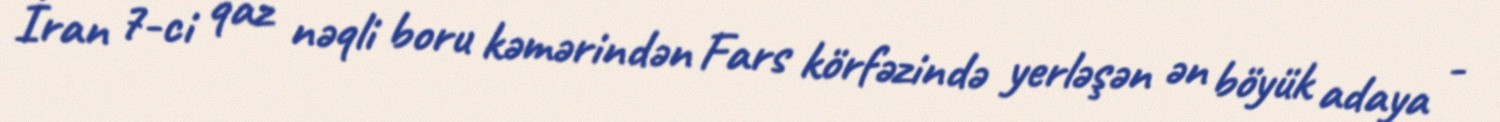
İran 7-ci qaz nəqli boru kəmərindən Fars körfəzində yerləşən ən böyük adaya -